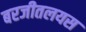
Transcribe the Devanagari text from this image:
बरजीतलयस